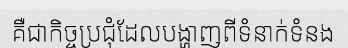
គឺជាកិច្ចប្រជុំដែលបង្ហាញពីទំនាក់ទំនង